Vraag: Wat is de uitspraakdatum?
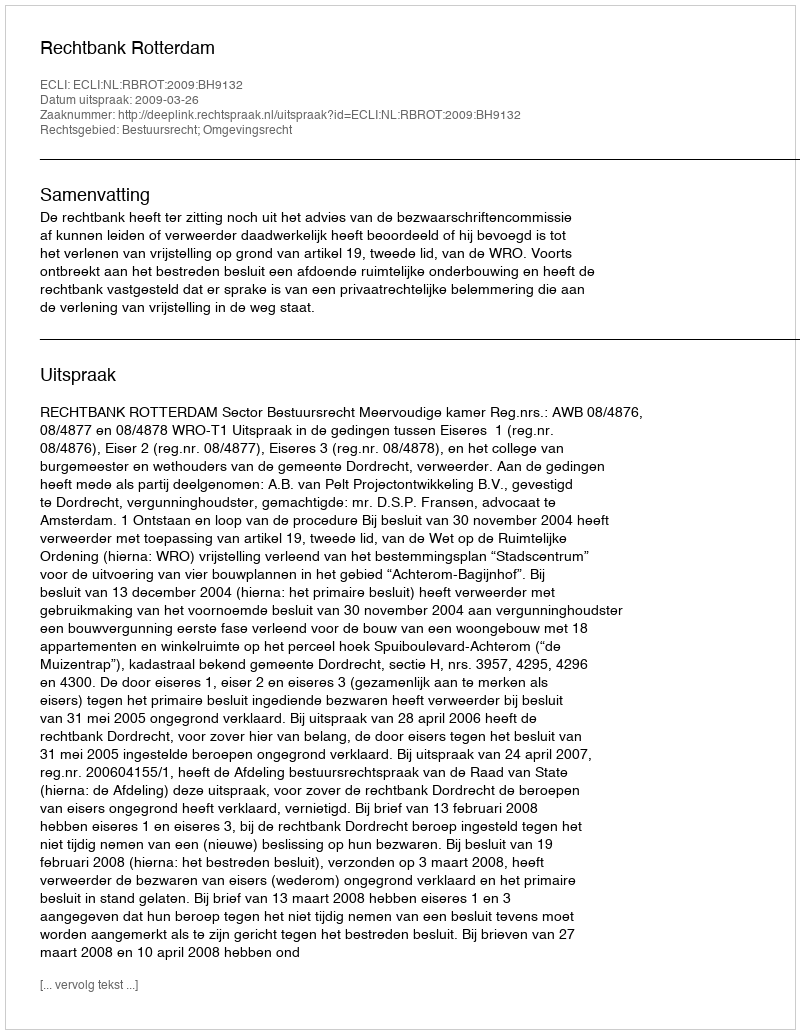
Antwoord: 2009-03-26